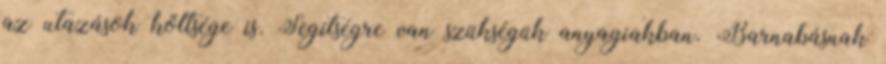
az utazások költsége is. Segítségre van szükségük anyagiakban. Barnabásnak